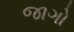
જાગો